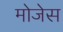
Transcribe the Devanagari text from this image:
मोजेस